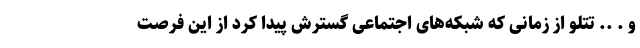
و . .. تتلو از زمانی که شبکه‌های اجتماعی گسترش پیدا کرد از این فرصت